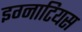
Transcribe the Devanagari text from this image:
इग्नाटियस